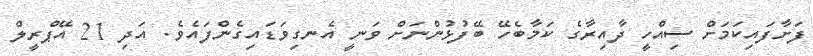
ފަށާފައިކަމަށް ސިއްހީ ދާއިރާގެ ކަމާބެހޭ ބޭފުޅުންނަށް ވަނީ އެނގިވަޑައިގެންފައެވެ. އަދި 21 އޭޕްރީލް